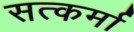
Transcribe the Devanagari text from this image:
सत्कर्मा